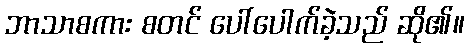
ဘာသာစကား စတင် ပေါ်ပေါက်ခဲ့သည် ဆို၏။